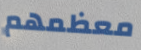
معظمهم